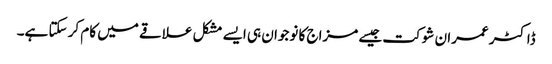
ڈاکٹر عمران شوکت جیسے مزاج کا نوجوان ہی ایسے مشکل علاقے میں کام کر سکتا ہے۔